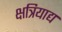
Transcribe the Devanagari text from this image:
क्षत्रियाद्य